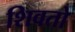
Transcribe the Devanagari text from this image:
शिवतो